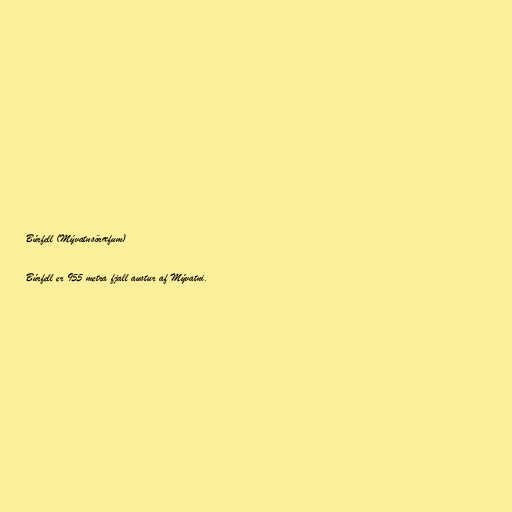
Búrfell (Mývatnsöræfum)

Búrfell er 955 metra fjall austur af Mývatni.